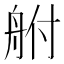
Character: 䑧